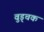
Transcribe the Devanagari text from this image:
वुड्चक